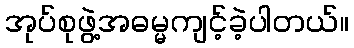
အုပ်စုဖွဲ့အဓမ္မကျင့်ခဲ့ပါတယ်။